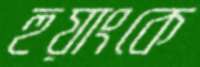
হুয়াংকে